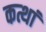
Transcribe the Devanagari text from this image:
कत्थां